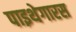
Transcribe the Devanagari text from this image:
पाइथेगारस